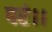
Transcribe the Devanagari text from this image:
परं।।